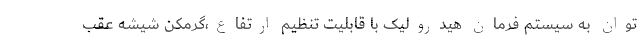
توان به سیستم فرمان هیدرولیک با قابلیت تنظیم ارتفاع،گرمکن شیشه عقب